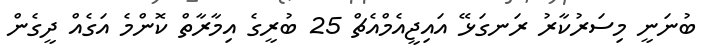
ބުނަނީ މިސަރުކާރު ރަނގަޅޭ އައިޖީއެމްއެޗް 25 ބުރީގެ އިމާރާތް ކޮންމެ އަގެއް ދީގެން